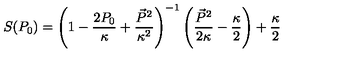
S ( P _ { 0 } ) = \left( 1 - \frac { 2 P _ { 0 } } { \kappa } + \frac { \vec { P } ^ { 2 } } { \kappa ^ { 2 } } \right) ^ { - 1 } \left( \frac { \vec { P } ^ { 2 } } { 2 \kappa } - \frac { \kappa } { 2 } \right) + \frac { \kappa } { 2 }